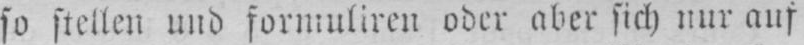
so stellen und formuliren oder aber sich nur auf